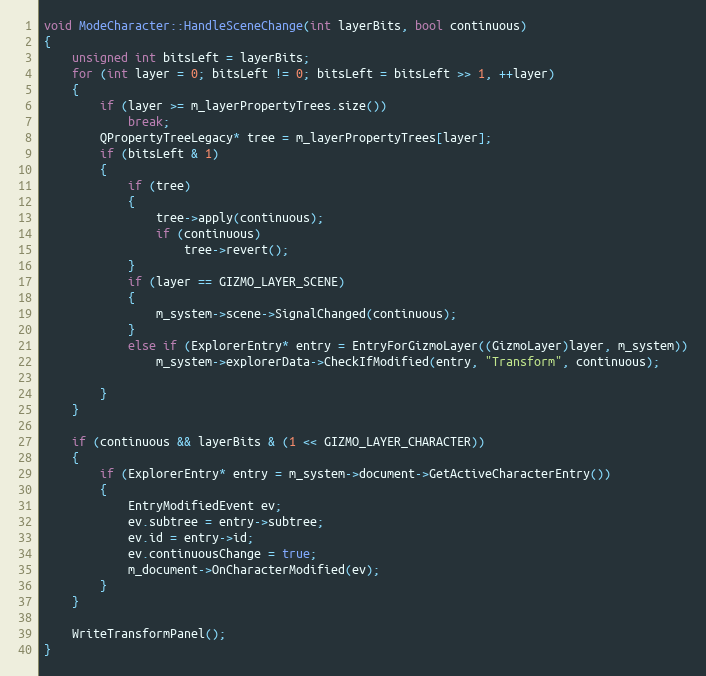
Language: C++
void ModeCharacter::HandleSceneChange(int layerBits, bool continuous)
{
	unsigned int bitsLeft = layerBits;
	for (int layer = 0; bitsLeft != 0; bitsLeft = bitsLeft >> 1, ++layer)
	{
		if (layer >= m_layerPropertyTrees.size())
			break;
		QPropertyTreeLegacy* tree = m_layerPropertyTrees[layer];
		if (bitsLeft & 1)
		{
			if (tree)
			{
				tree->apply(continuous);
				if (continuous)
					tree->revert();
			}
			if (layer == GIZMO_LAYER_SCENE)
			{
				m_system->scene->SignalChanged(continuous);
			}
			else if (ExplorerEntry* entry = EntryForGizmoLayer((GizmoLayer)layer, m_system))
				m_system->explorerData->CheckIfModified(entry, "Transform", continuous);

		}
	}

	if (continuous && layerBits & (1 << GIZMO_LAYER_CHARACTER))
	{
		if (ExplorerEntry* entry = m_system->document->GetActiveCharacterEntry())
		{
			EntryModifiedEvent ev;
			ev.subtree = entry->subtree;
			ev.id = entry->id;
			ev.continuousChange = true;
			m_document->OnCharacterModified(ev);
		}
	}

	WriteTransformPanel();
}